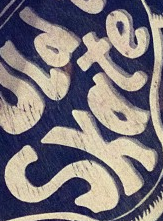
skate